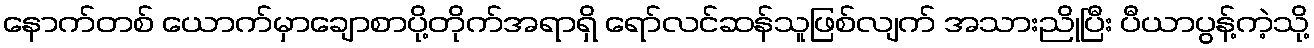
နောက်တစ် ယောက်မှာချောစာပို့တိုက်အရာရှိ ရော်လင်ဆန်သူဖြစ်လျက် အသားညိုပြီး ပီယာပွန့်ကဲ့သို့